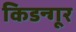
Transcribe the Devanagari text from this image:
किडन्गूर